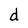
Character: d